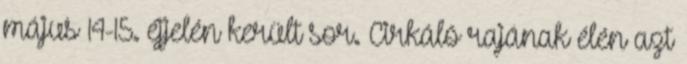
május 14-15. éjjelén került sor. Cirkáló rajának élén azt